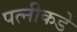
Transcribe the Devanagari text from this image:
पत्नीकडे